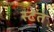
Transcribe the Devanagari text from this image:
स्टेत